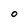
Character: O